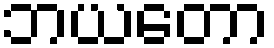
ဘယတော